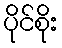
ပိုင်စိုး